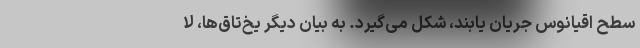
سطحِ اقیانوس جریان یابند، شکل می‌گیرد. به بیان دیگر یخ‌تاق‌ها، لا